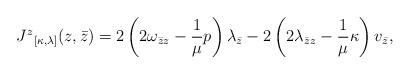
\begin{align*}{J^z}_{[\kappa, \lambda]}(z, \bar{z}) = 2 \left( 2\omega_{\bar{z} z}- \frac{1}{\mu}p \right) \lambda_{\bar{z}} - 2 \left( 2\lambda_{\bar{z}z}- \frac{1}{\mu} \kappa \right) v_{\bar{z}}, \end{align*}